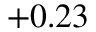
+ 0 . 2 3